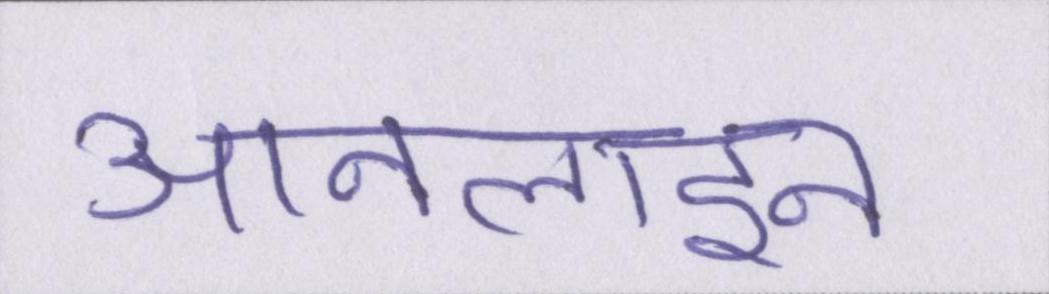
आनलाइन